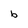
Character: b